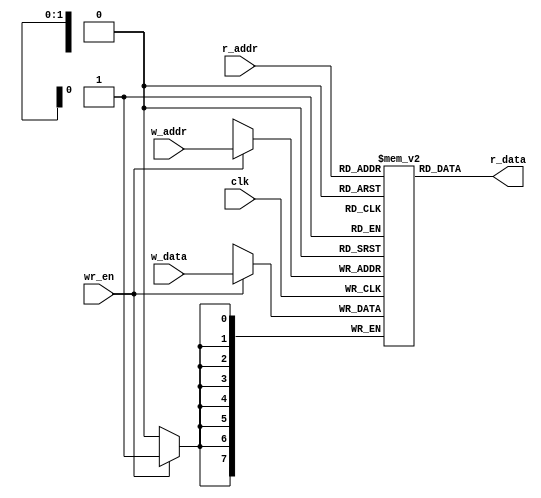
`timescale 1ns / 1ps
//////////////////////////////////////////////////////////////////////////////////
// Company: 
// Engineer: 
// 
// Design Name: 
// Module Name:    register_file 
// Project Name: 
// Target Devices: 
// Tool versions: 
// Description: 
//
// Dependencies: 
//
// Revision: 
// Revision 0.01 - File Created
// Additional Comments: 
//
//////////////////////////////////////////////////////////////////////////////////
   module reg_file
   #(
     parameter B = 8 , // number of bits
               W = 2 // number of address bits
    )
    (
     input wire clk, 
     input wire wr_en,
     input wire [W-1:0] w_addr , r_addr ,
     input wire [B-1:0] w_data,
     output wire [B-1:0] r_data
    );
   // signal declaration
     reg [B-1:0] array_reg [2**W-1:0] ;
   // body
   // write operation
     always @(posedge clk)
      if (wr_en)
       array_reg [w_addr] <= w_data;
   // read operation
     assign r_data = array_reg [r_addr];
    endmodule